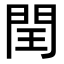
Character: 閏